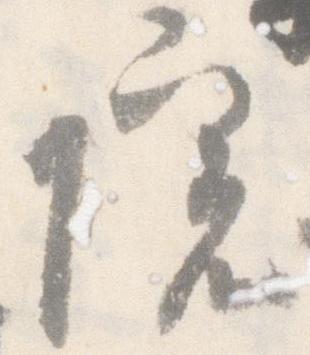
院